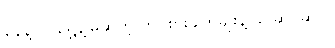
နေနဲ့လ၊ ရွှေနဲ့မြဆိုတဲ့ တင်စားချက်မျိုးနဲ့ ခပ်ဆင်ဆင်။